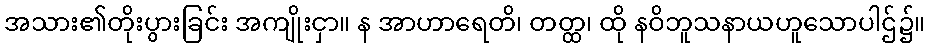
အသား၏တိုးပွားခြင်း အကျိုးငှာ။ န အာဟာရေတိ၊ တတ္ထ၊ ထို နဝိဘူသနာယဟူသောပါဌ်၌။